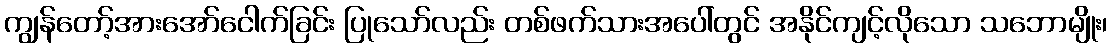
ကျွန်တော့်အားအော်ငေါက်ခြင်း ပြုသော်လည်း တစ်ဖက်သားအပေါ်တွင် အနိုင်ကျင့်လိုသော သဘောမျိုး၊